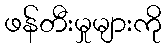
ဖန်တီးမှုများကို